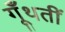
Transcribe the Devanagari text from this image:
गूँथतीं